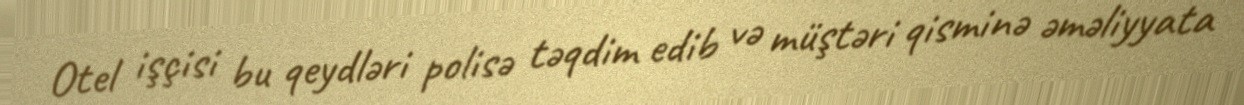
Otel işçisi bu qeydləri polisə təqdim edib və müştəri qisminə əməliyyata